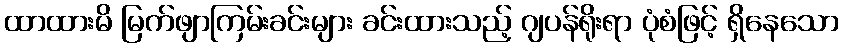
ထာထားမိ မြက်ဖျာကြမ်းခင်းများ ခင်းထားသည့် ဂျပန်ရိုးရာ ပုံစံဖြင့် ရှိနေသော